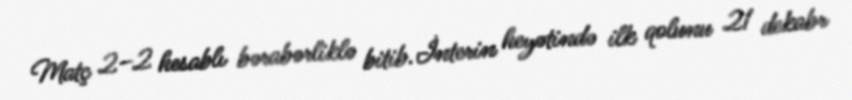
Matç 2–2 hesablı bərabərliklə bitib.İnterin heyətində ilk qolunu 21 dekabr